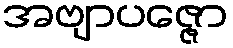
အဗျာပဇ္ဇော